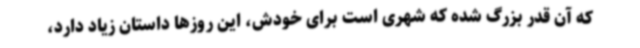
که آن قدر بزرگ شده که شهری است برای خودش، این روزها داستان زیاد دارد،